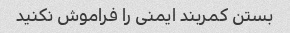
بستن کمربند ایمنی را فراموش نکنید